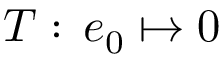
T : \, e _ { 0 } \mapsto 0